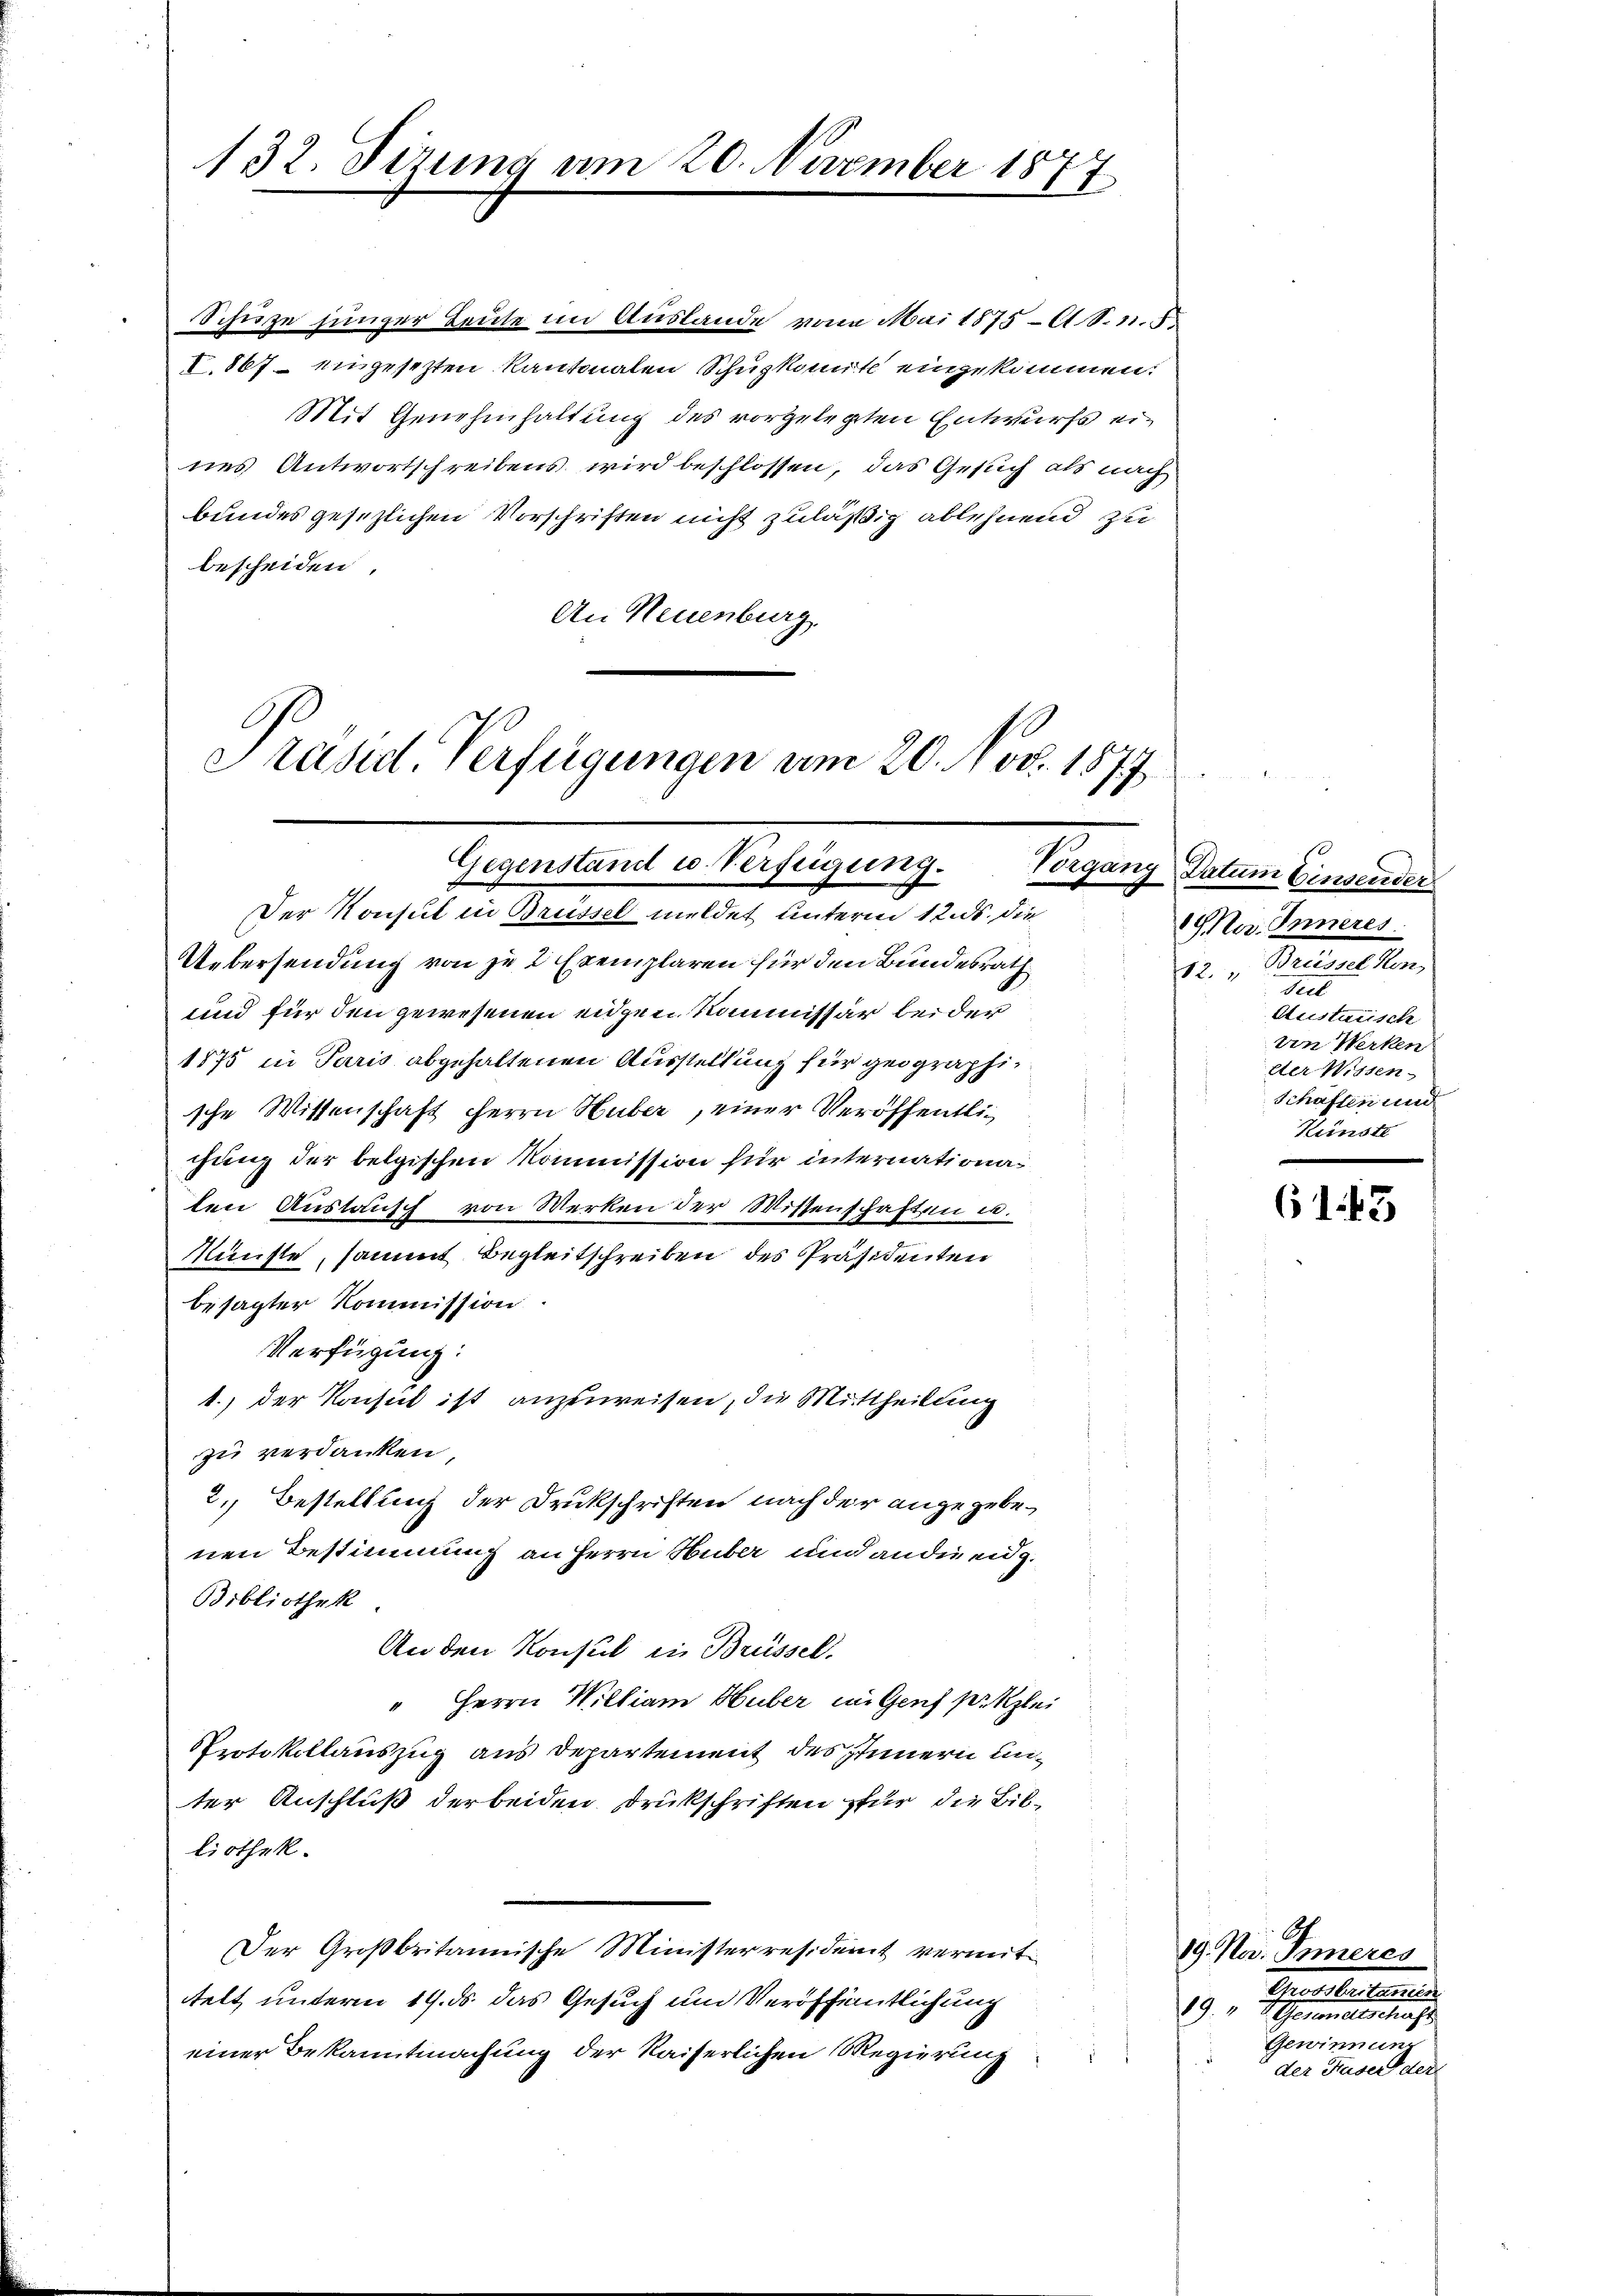
132. Sizung am 20. November 1877

Schürze junger Leute im Auslande vom Mai 1875 l S. 11. 5
I. 867 angesetzten Kantonalen Schuskomit eingekommen:
Mit Genehmhaltung des vorgelegten Entwurfs eines Antwortschreibens wird beschlossen, das Gesuch als nach
bundes gesezlichen Vorschriften nicht zuläßig ablehnend zu
bescheiden.
An Neuenburg.
Präsid. Verfügungen am 20. Nov. 1877

Gegenstand u. Verfügung. Vorgang Datum Einsender

Der Konsul in Brüssel meldet unterm 12. ds. die
Uebersendung von je 2 Exemplaren für den Bundesrath
und für den gewesenen eidgen Kommissär beider
1875 in Paris abgehaltenen Ausstellung für geographische Wissenschaft Herrn Huber, einer Veröffentlic
chung der belgischen Kommission für internationas
ten Austausch von Werken der Wissenschaften u.
Münste, sammt Begleitschreiben des Präsidenten
besagter Kommission
Verfügung:
1., der Konsul ist anzuweisen, die Mittheilung
zu verdanken,
2. Bestellung der Drukschriften nach der angegebenen Bestimmung an Herrn Huber und ander eidg.
Bibliothek
An den Konsul in Brüssel,
" Herrn William Huber in Genf Pilzlei
Protokollauszug aus Departement des Innern unter Anschluß der beiden Drukschriften für die Billiothek.
Der Großbritannische Ministerresident vermittelt unterm 19. ds. das Gesuch und Veröffentlichung
einer Bekanntmachung der Kaiserlichen Regierung

Ma. Inneres.
Brüssel Hon
12.
Teel
Austrisch
vin Werken
lter Wissen
Schaften und
Künste

61. 43

19. No. Inneres
Erstellend
19
Gewinnung
der Hasel der